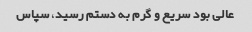
عالی بود سریع و گرم به دستم رسید، سپاس